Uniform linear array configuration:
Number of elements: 24
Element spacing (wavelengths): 0.5
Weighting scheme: uniform
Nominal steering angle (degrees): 15
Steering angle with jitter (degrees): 14.781
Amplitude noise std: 0.05
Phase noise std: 0.05

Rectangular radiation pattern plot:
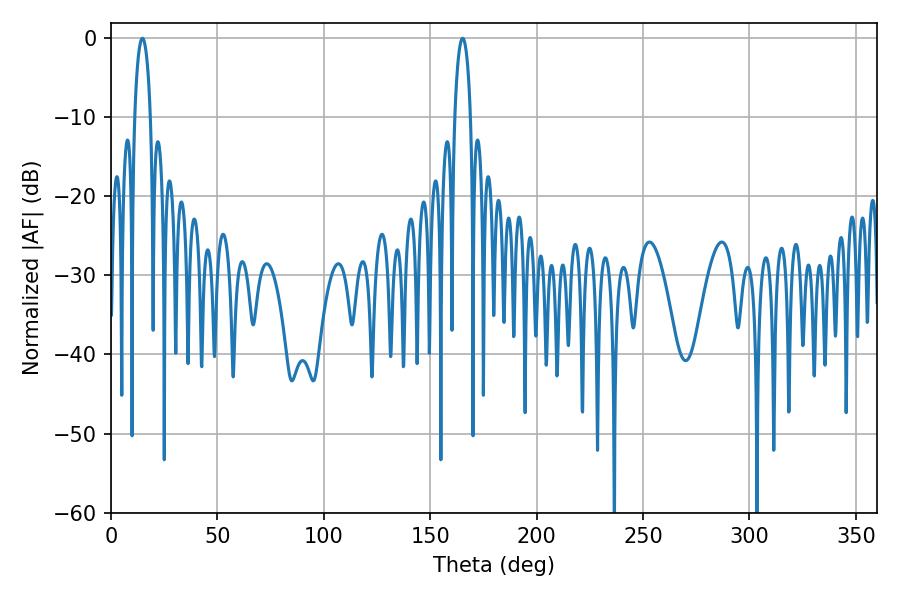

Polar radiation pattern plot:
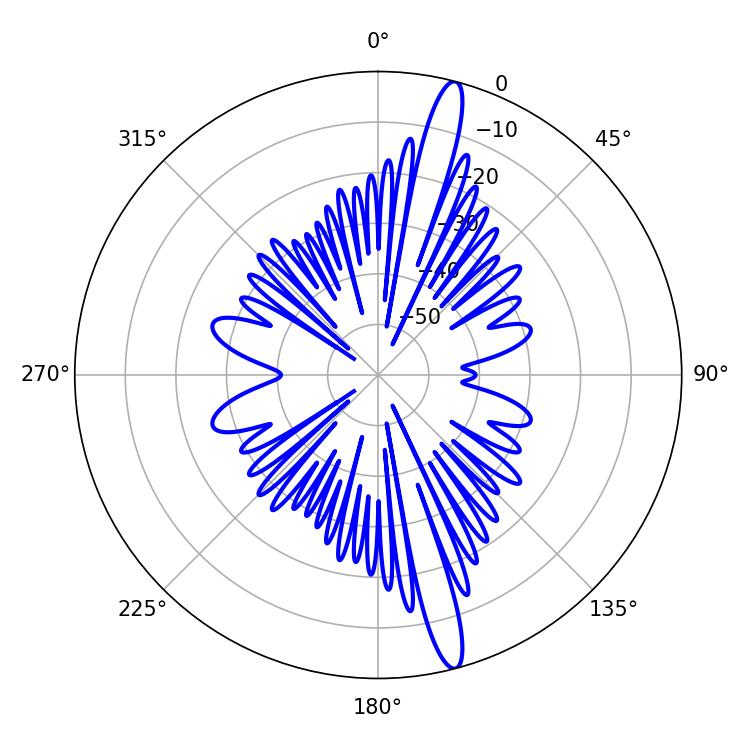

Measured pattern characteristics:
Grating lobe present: FALSE
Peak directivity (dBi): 16.697
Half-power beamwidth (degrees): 4.32
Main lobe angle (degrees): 14.76